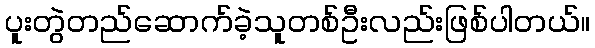
ပူးတွဲတည်ဆောက်ခဲ့သူတစ်ဦးလည်းဖြစ်ပါတယ်။